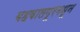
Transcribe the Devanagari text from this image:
बहवालपूरमधून